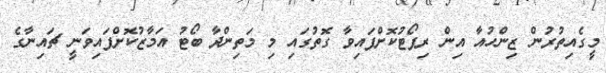
މީގެއިތުރުން ޒިންހުއާ އިން ރިޕޯޓުކޮށްފައިވާ ގޮތުގައި މި މަތިންދާ ބޯޓު އަމާޒުކޮށްފައިވަނީ ޗައިނާގެ